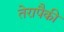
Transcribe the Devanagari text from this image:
तेरापैकी